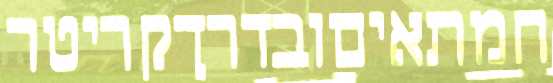
המתאיםובדרךקריטר